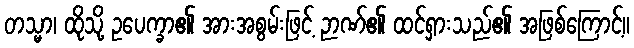
တသ္မာ၊ ထိုသို့ ဥပေက္ခာ၏ အားအစွမ်းဖြင့် ဉာဏ်၏ ထင်ရှားသည်၏ အဖြစ်ကြောင့်။